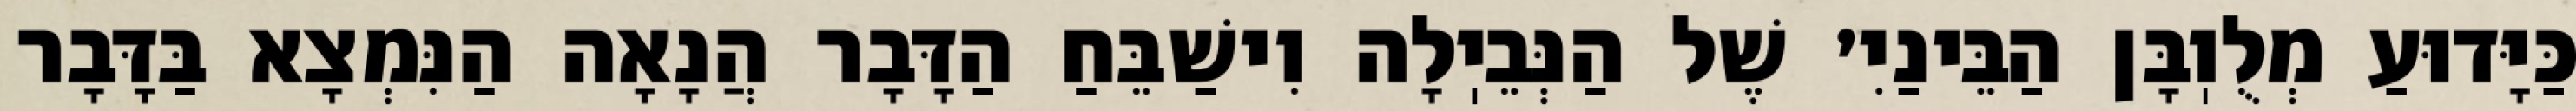
כַּיָּדוּעַ מְלֻוֽבָּן הַבֵּינַיִ׳ שֶׁל הַנְּבֵיֽלָה וִישַׁבֵּחַ הַדָּבָר הֲנָאָה הַנִּמְצָא בַּדָּבָר